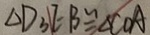
\Delta D _ { 3 } E : B \cong \Delta C O A